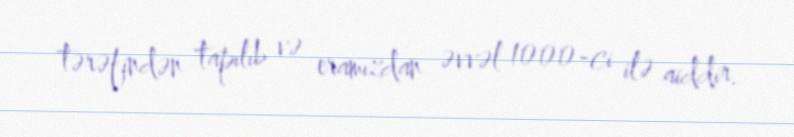
tərəfindən tapılıb və eramızdan əvvəl 1000-ci ilə aiddir.